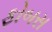
ફોબસ